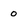
Character: o